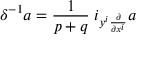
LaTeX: \delta ^ { - 1 } a = \frac { 1 } { p + q } \; i _ { y ^ { i } \frac { \partial } { \partial x ^ { i } } } a